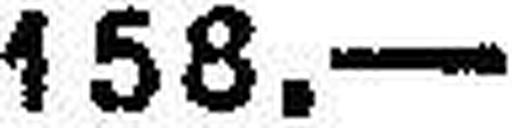
158.—